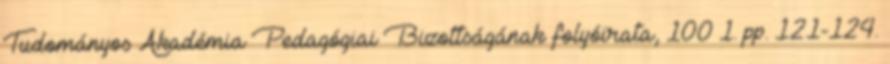
Tudományos Akadémia Pedagógiai Bizottságának folyóirata, 100 1. pp. 121-124.